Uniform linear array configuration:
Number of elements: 48
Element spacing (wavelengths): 0.5
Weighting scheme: kaiser
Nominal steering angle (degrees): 45
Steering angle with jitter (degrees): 43.258
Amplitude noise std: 0.05
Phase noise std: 0.05

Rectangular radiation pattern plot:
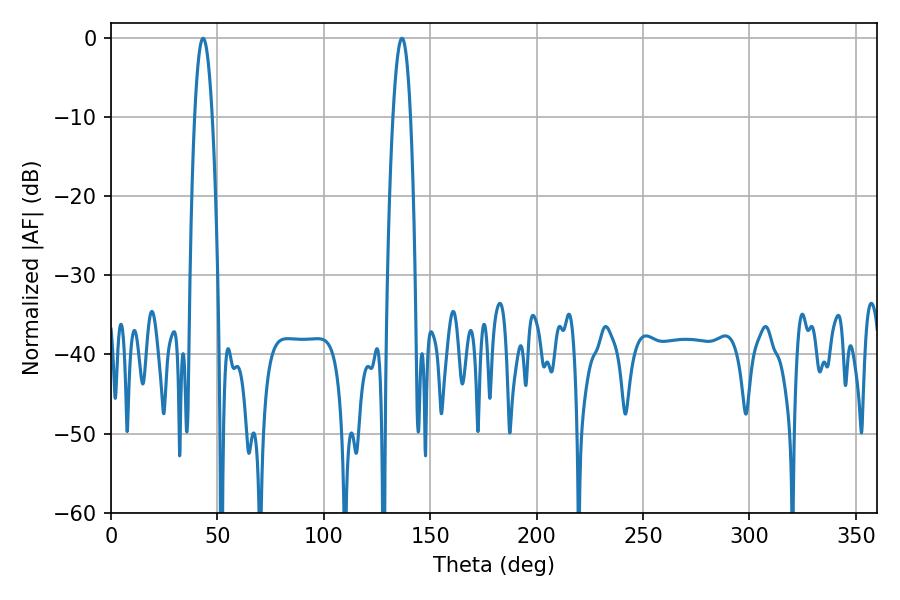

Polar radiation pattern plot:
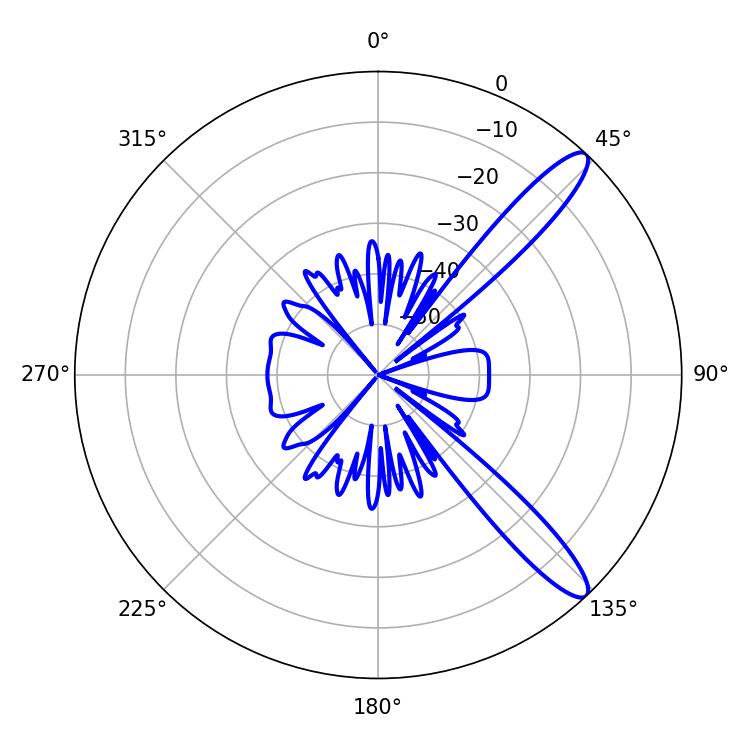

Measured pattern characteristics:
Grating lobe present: FALSE
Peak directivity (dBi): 12.298
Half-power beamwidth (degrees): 4.5
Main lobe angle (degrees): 43.2